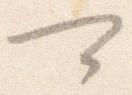
可